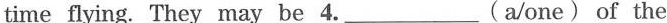
time flying. They may be 4.___(a/one) of the